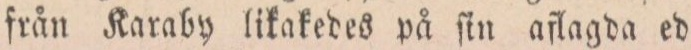
från Karaby likakedes på ſin aflagda ed